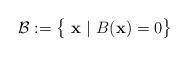
LaTeX: \begin{align*}\left. \begin{array}{l l}\mathcal{B}:= \big\{ \ \textbf{x} \ | \ B( \textbf{x})=0 \big\} \end{array} \right. \end{align*}